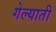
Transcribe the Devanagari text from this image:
गेल्याती